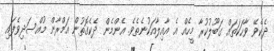
ދެކެވޭ ވާހަކަތައް ގަބޫލުކުރާ މީހެއް އެ އާއިލާއަކުނެތެވެ. އެންމެން ދެކެގޮތުން އަމްރާން މުއްސަދިވެފައި